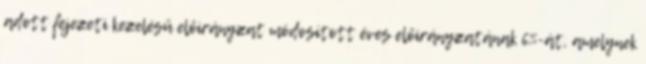
adott fejezeti kezelésű előirányzat módosított éves előirányzatának 6%-át, amelynek